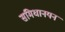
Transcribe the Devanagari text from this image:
समिधानयन